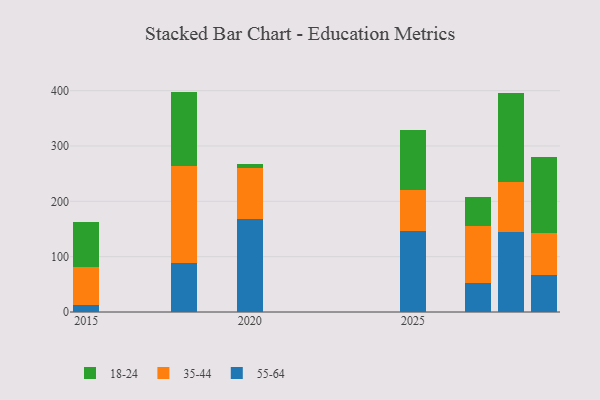
{"axis": {"x": "Year", "y": "Market Share (%)"}, "legend": ["18-24", "35-44", "55-64"], "data": [{"x": "2027", "y": 52.4, "type": "55-64"}, {"x": "2027", "y": 103.9, "type": "35-44"}, {"x": "2027", "y": 51.7, "type": "18-24"}, {"x": "2028", "y": 145.3, "type": "55-64"}, {"x": "2028", "y": 90.4, "type": "35-44"}, {"x": "2028", "y": 160.2, "type": "18-24"}, {"x": "2025", "y": 146.8, "type": "55-64"}, {"x": "2025", "y": 73.2, "type": "35-44"}, {"x": "2025", "y": 109.3, "type": "18-24"}, {"x": "2018", "y": 88.2, "type": "55-64"}, {"x": "2018", "y": 175.2, "type": "35-44"}, {"x": "2018", "y": 134.9, "type": "18-24"}, {"x": "2029", "y": 66.2, "type": "55-64"}, {"x": "2029", "y": 77.0, "type": "35-44"}, {"x": "2029", "y": 136.7, "type": "18-24"}, {"x": "2015", "y": 12.9, "type": "55-64"}, {"x": "2015", "y": 69.1, "type": "35-44"}, {"x": "2015", "y": 80.9, "type": "18-24"}, {"x": "2020", "y": 167.8, "type": "55-64"}, {"x": "2020", "y": 92.3, "type": "35-44"}, {"x": "2020", "y": 6.5, "type": "18-24"}]}